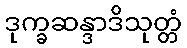
ဒုက္ခဆန္ဒာဒိသုတ္တံ